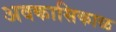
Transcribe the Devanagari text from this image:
अवकासिकाळ